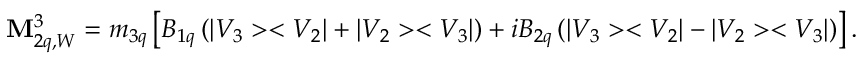
{ \bf M } _ { 2 q , W } ^ { 3 } = m _ { 3 q } \left[ B _ { 1 q } \left( | V _ { 3 } > < V _ { 2 } | + | V _ { 2 } > < V _ { 3 } | \right) + i B _ { 2 q } \left( | V _ { 3 } > < V _ { 2 } | - | V _ { 2 } > < V _ { 3 } | \right) \right] .